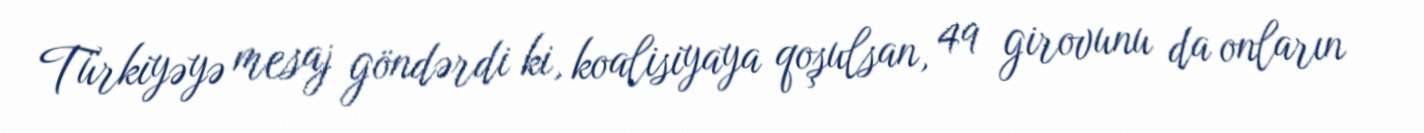
Türkiyəyə mesaj göndərdi ki, koalisiyaya qoşulsan, 49 girovunu da onların